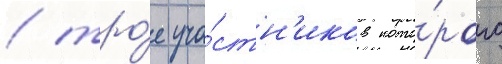
/ тро́е уча́стн'иков кото́рого